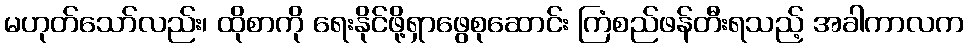
မဟုတ်သော်လည်း၊ ထိုစာကို ရေးနိုင်ဖို့ရှာဖွေစုဆောင်း ကြံစည်ဖန်တီးရသည့် အခါကာလက